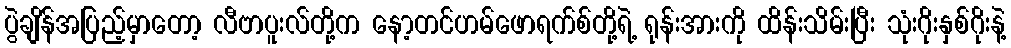
ပွဲချိန်အပြည့်မှာတော့ လီဗာပူးလ်တို့က နော့တင်ဟမ်ဖောရက်စ်တို့ရဲ့ ရုန်းအားကို ထိန်းသိမ်းပြီး သုံးဂိုးနှစ်ဂိုးနဲ့